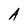
Character: A